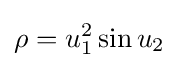
\rho =u_{1}^{2}\sin u_{2}